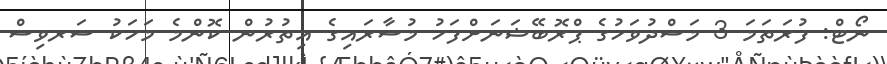
ނޯޓް: ފުރަތަމަ 3 މަސްދުވަހުގެ ޕްރޮބޭޝަނަށްފަހު މުސާރައިގެ އިތުރުން ކޮންމެ މަހަކު ސަރވިސް